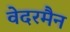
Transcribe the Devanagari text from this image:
वेदरमैन